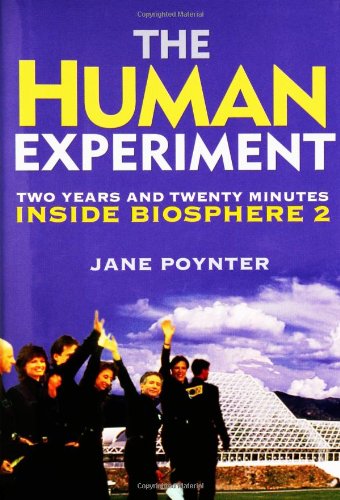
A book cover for The Human Experiment: Two Years and Twenty Minutes Inside Biosphere 2; Jane Poynter; Science & Math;